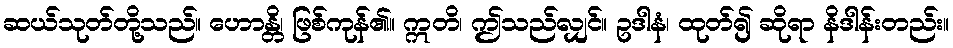
ဆယ်သုတ်တို့သည်။ ဟောန္တိ၊ ဖြစ်ကုန်၏။ ဣတိ၊ ဤသည်လျှင်။ ဥဒါနံ၊ ထုတ်၍ ဆိုရာ နိဒါန်းတည်း။